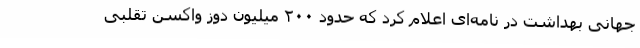
جهانی بهداشت در نامه‌ای اعلام کرد که حدود ۲۰۰ میلیون دوز واکسن تقلبی